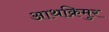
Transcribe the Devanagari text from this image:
आथक्रिमुर